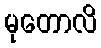
မုတောလိ